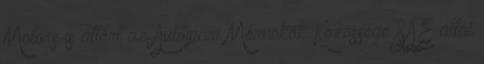
Motors is áttért az Autóipari Mérnökök Közössége SAE által